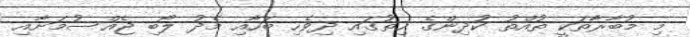
މި މުބާރާތަކީ ތުއްތު ކުދިންގެ ހިތުގައި ދިވެހި ބަހާއި މެދު ލޯބި ޖެއްސުމަށާއި